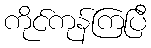
ကိုင်ကုန်ကြပြီ